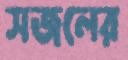
সজলের